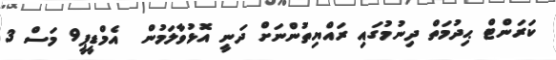
ކަރަންޓް ޙިދުމަތް ދިނުމުގައި ރައްޔިތުންނަށް ދަނީ އޮޅުވާލަމުން  އެމްޑީޕީ9 މަސް 3